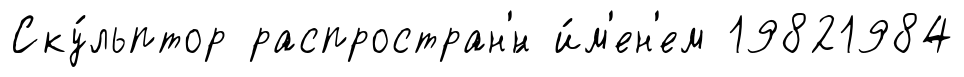
Ску́льптор распростран'́н и́м'ен'ем 19821984